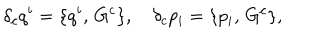
\delta _ { c } q ^ { i } = \{ q ^ { i } , \, G ^ { c } \} , \quad \delta _ { c } p _ { i } = \{ p _ { i } , \, G ^ { c } \} ,